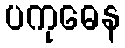
ပကုဓေန